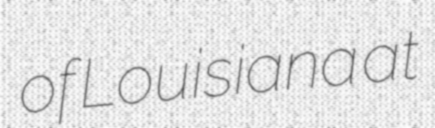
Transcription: of Louisiana at